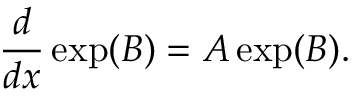
{ \frac { d } { d x } } \exp ( B ) = A \exp ( B ) .